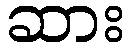
ဆား